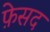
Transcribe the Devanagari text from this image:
फ़ेसद